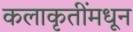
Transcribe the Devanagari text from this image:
कलाकृतींमधून